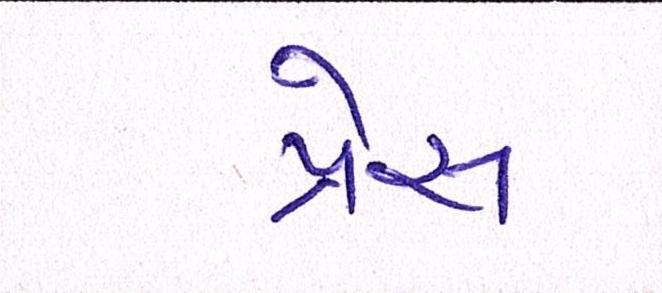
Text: પ્રેસ